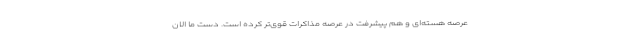
عرصه هسته‌ای و هم پیشرفت در عرصه مذاکرات قوی‌تر کرده است. دست ما الان